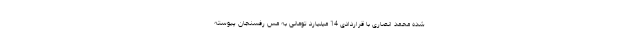
شده محمد انصاری با قراردادی 14 میلیارد تومانی به مس رفسنجان پیوسته